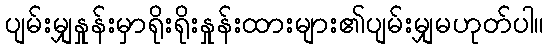
ပျမ်းမျှနှုန်းမှာရိုးရိုးနှုန်းထားများ၏ပျမ်းမျှမဟုတ်ပါ။